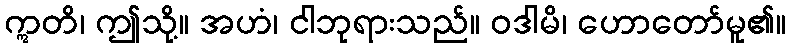
ဣတိ၊ ဤသို့။ အဟံ၊ ငါဘုရားသည်။ ဝဒါမိ၊ ဟောတော်မူ၏။